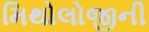
મિથોલોજીની